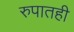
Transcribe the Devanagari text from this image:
रुपातही